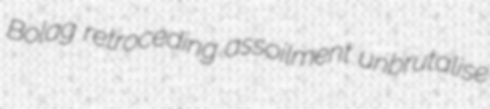
Bolag retroceding assoilment unbrutalise